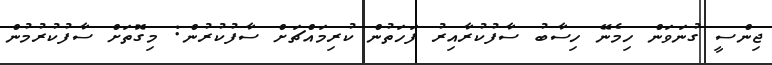
ޖިންސީ ގުނަވަން ހިމެނޭ ހިސާބު ސާފުކުރާއިރު ފަހަތުން ކުރިމައްޗަށް ސާފުކުރުން: މިގޮތަށް ސާފުކުރުމުން